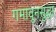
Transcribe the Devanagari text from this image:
गमावूनसुद्धा